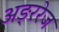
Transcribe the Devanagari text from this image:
अङ्ररेज